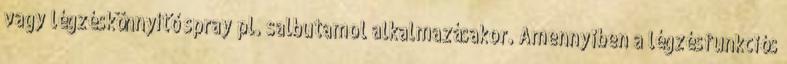
vagy légzéskönnyítő spray pl. salbutamol alkalmazásakor. Amennyiben a légzésfunkciós